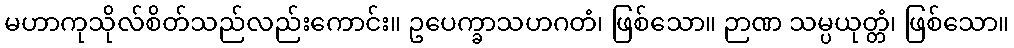
မဟာကုသိုလ်စိတ်သည်လည်းကောင်း။ ဥပေက္ခာသဟဂတံ၊ ဖြစ်သော။ ဉာဏ သမ္ပယုတ္တံ၊ ဖြစ်သော။